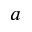
\boldsymbol { a }